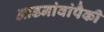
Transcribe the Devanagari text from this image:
आडनांवांपैकी